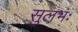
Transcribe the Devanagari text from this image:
सुलभः